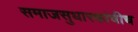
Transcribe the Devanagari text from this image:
समाजसुधारकांचीच